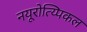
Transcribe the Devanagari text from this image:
नयूरोत्य्पिकल